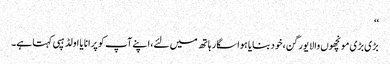
‘‘
بڑی بڑی مونچھوں والا یورگن،خود بنایا ہوا سگار ہاتھ میں لئے،اپنے آپ کو پرانا یا اولڈ ہپی کہتا ہے۔